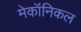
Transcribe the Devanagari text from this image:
मेकॉनिकल